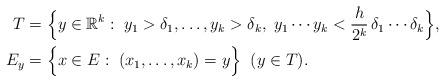
LaTeX: \begin{align*} T & =\Big\{y\in\mathbb{R}^{k}:\;y_1>\delta_1,\dots,y_{k}>\delta_{k},\;y_1\cdots y_{k}<\frac{h}{2^k}\,\delta_1\cdots\delta_{k}\Big\}, \\ E_y & =\Big\{x\in E:\;(x_{1},\dots,x_k)=y\Big\} \;\; (y\in T).\end{align*}